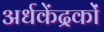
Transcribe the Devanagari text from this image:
अर्धकेंद्रकों